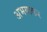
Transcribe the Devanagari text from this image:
अभयाकर